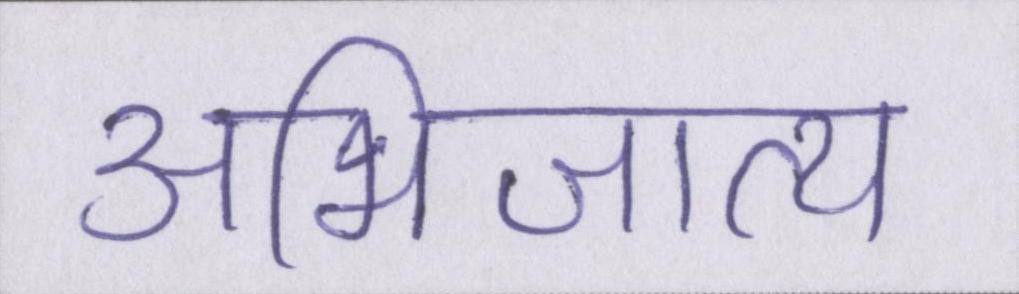
अभिजात्य